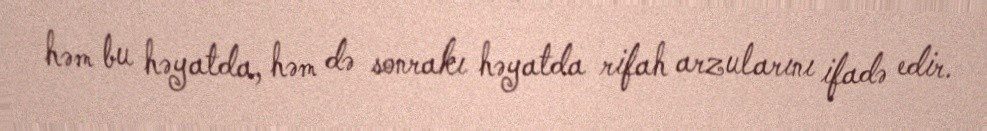
həm bu həyatda, həm də sonrakı həyatda rifah arzularını ifadə edir.